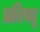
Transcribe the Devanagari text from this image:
प्रतिपदू